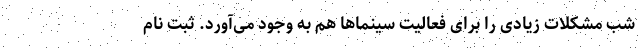
شب مشکلات زیادی را برای فعالیت سینماها هم به وجود می‌آورد. ثبت نام